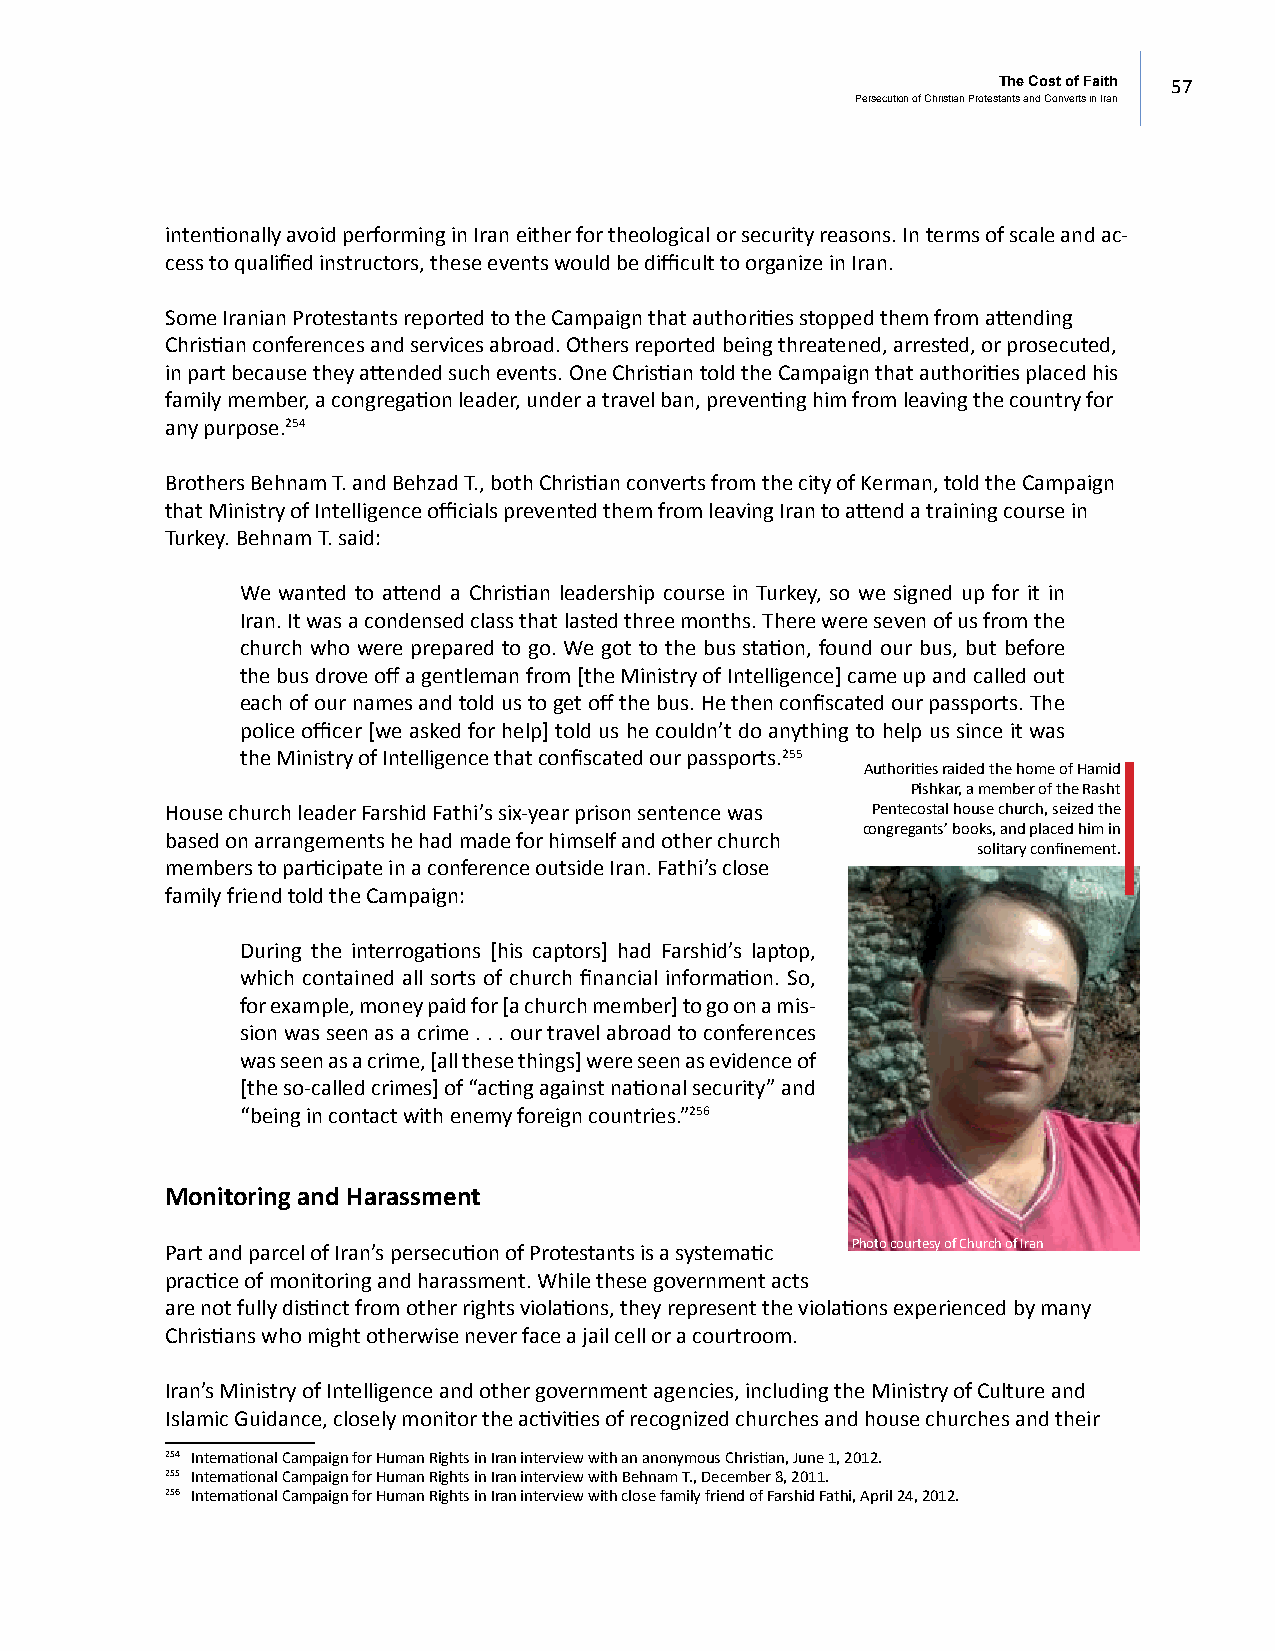
The Cost of Faith 57
 Persecution of Christian Protestants and Converts in Iran
 intentionally avoid performing in Iran either for theological or security reasons. In terms of scale and ac-
 cess to qualified instructors, these events would be difficult to organize in Iran.
 Some Iranian Protestants reported to the Campaign that authorities stopped them from attending
 Christian conferences and services abroad. Others reported being threatened, arrested, or prosecuted,
 in part because they attended such events. One Christian told the Campaign that authorities placed his
 family member, a congregation leader, under a travel ban, preventing him from leaving the country for
 any purpose.254
 Brothers Behnam T. and Behzad T., both Christian converts from the city of Kerman, told the Campaign
 that Ministry of Intelligence officials prevented them from leaving Iran to attend a training course in
 Turkey. Behnam T. said:
 We wanted to attend a Christian leadership course in Turkey, so we signed up for it in
 Iran. It was a condensed class that lasted three months. There were seven of us from the
 church who were prepared to go. We got to the bus station, found our bus, but before
 the bus drove off a gentleman from [the Ministry of Intelligence] came up and called out
 each of our names and told us to get off the bus. He then confiscated our passports. The
 police officer [we asked for help] told us he couldn’t do anything to help us since it was
 the Ministry of Intelligence that confiscated our passports.255
 Authorities raided the home of Hamid
 Pishkar, a member of the Rasht
 House church leader Farshid Fathi’s six-year prison sentence was Pentecostal house church, seized the
 congregants’ books, and placed him in
 based on arrangements he had made for himself and other church
 solitary confinement.
 members to participate in a conference outside Iran. Fathi’s close
 family friend told the Campaign:
 During the interrogations [his captors] had Farshid’s laptop,
 which contained all sorts of church financial information. So,
 for example, money paid for [a church member] to go on a mis-
 sion was seen as a crime . . . our travel abroad to conferences
 was seen as a crime, [all these things] were seen as evidence of
 [the so-called crimes] of “acting against national security” and
 “being in contact with enemy foreign countries.”256
 Monitoring and Harassment
 Photo courtesy of Church of Iran
 Part and parcel of Iran’s persecution of Protestants is a systematic
 practice of monitoring and harassment. While these government acts
 are not fully distinct from other rights violations, they represent the violations experienced by many
 Christians who might otherwise never face a jail cell or a courtroom.
 Iran’s Ministry of Intelligence and other government agencies, including the Ministry of Culture and
 Islamic Guidance, closely monitor the activities of recognized churches and house churches and their
 254 International Campaign for Human Rights in Iran interview with an anonymous Christian, June 1, 2012.
 255 International Campaign for Human Rights in Iran interview with Behnam T., December 8, 2011.
 256 International Campaign for Human Rights in Iran interview with close family friend of Farshid Fathi, April 24, 2012.